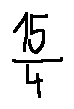
\frac { 1 5 } { 4 }